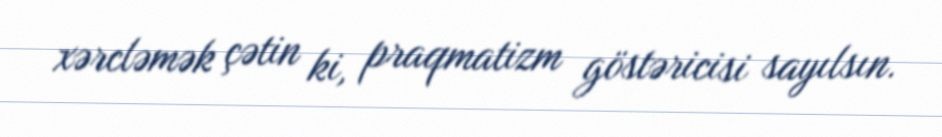
xərcləmək çətin ki, praqmatizm göstəricisi sayılsın.